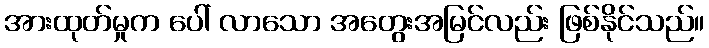
အားထုတ်မှုက ပေါ် လာသော အတွေးအမြင်လည်း ဖြစ်နိုင်သည်။